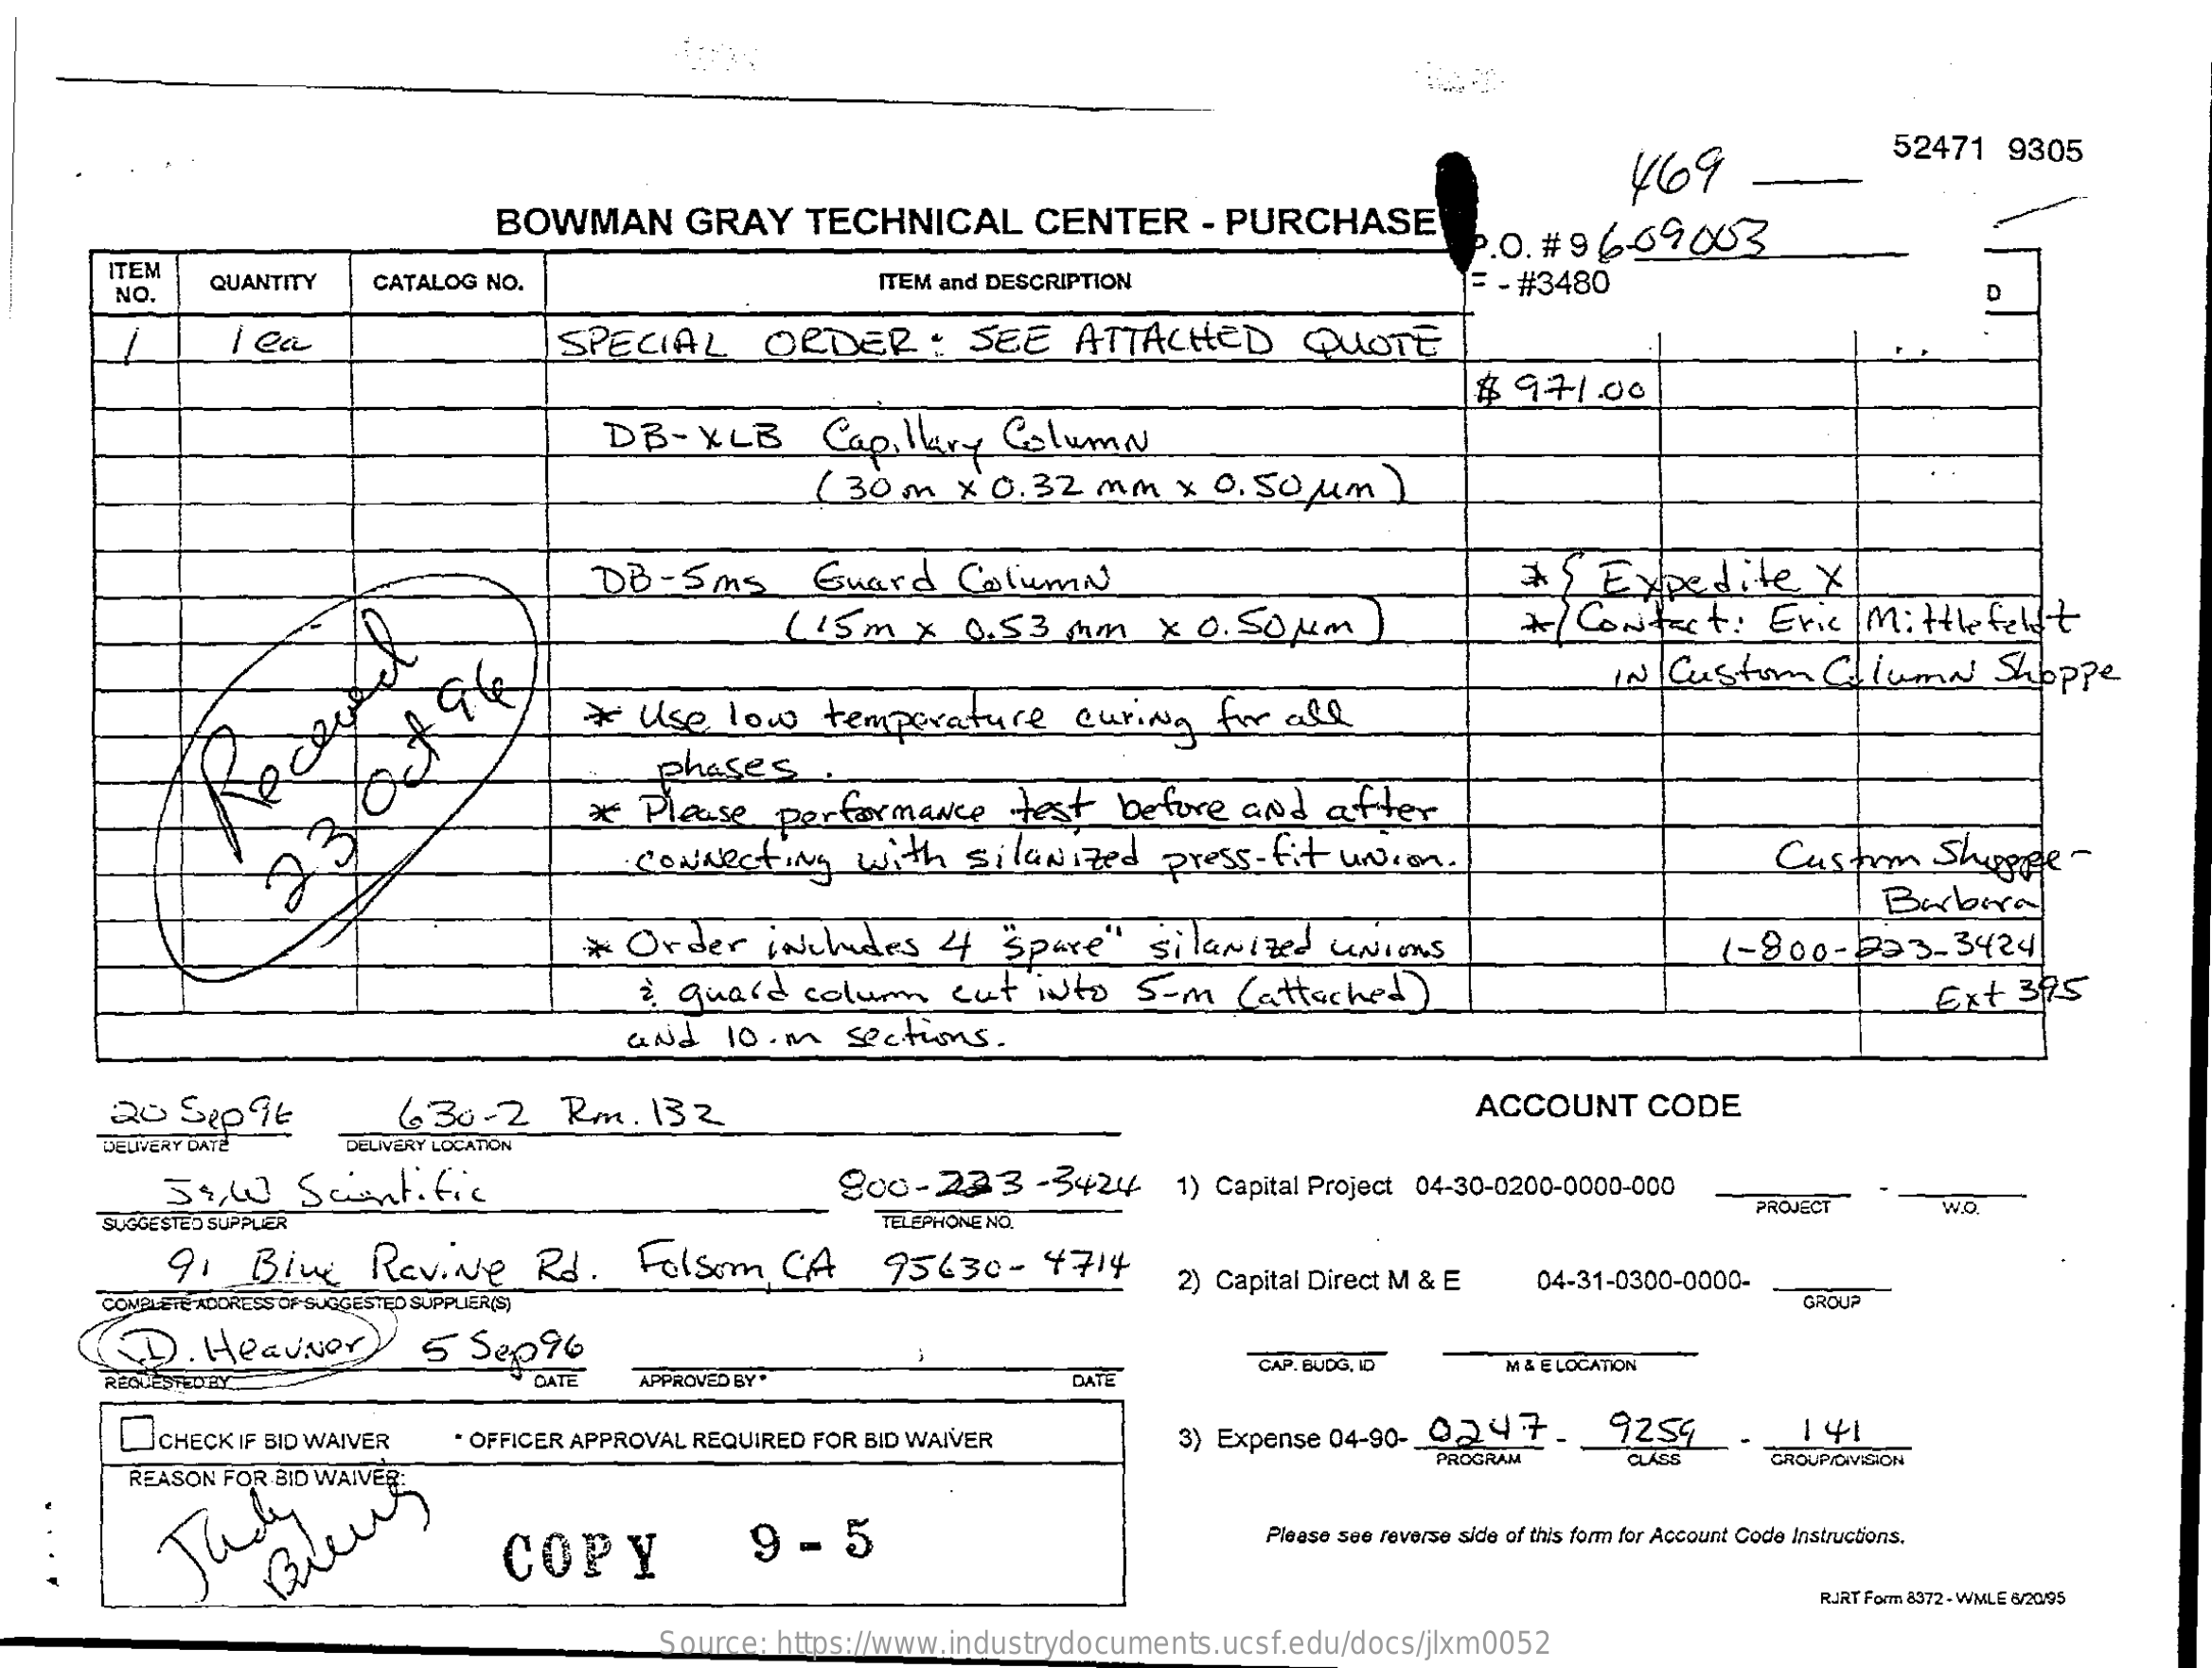
469
     52471 9305
     BOWMAN GRAY TECHNICAL CENTER - PURCHASE
     P.O. # 9 659.003
     TEM
     NO. QUANTITY CATALOG NO.    ITEM and DESCRIPTION    = - #3480    D
     I ea    SPECIAL ORDER   : SEE ATTACHED QUOTE
     $ 97100
     DB - XLB Capillary Column
     (30 m x 0. 32 mm x 0. 50 um )
     DB- Sms  Guard Column    A , Expedite X
     (15m x 0.53 mm x 0.50um    * / Contact: Eric M: Hle feldt
     * Use low temperature curing for all
     IN Custom Column Shoppe
     phases
     * Please performance test before and after
     Connecting with silaNized press- fit union.    Custom Shoppage -
     * Order includes 4 "Spare" silanized UNIons
     Barbora
     1-800-223-3424
     : quard colum cut into S-m ( attached )    Ext 3815
     and 10. m sections.
     20 Spp 96   6:30-2 Rm. 132    ACCOUNT CODE
     DELIVERY LOCATION
     59,00 Scientific    800-233 -3424 1) Capital Project 04-30-0200-0000-000
     SUGGESTED SUPPLIER    TELEPHONE NO.
     PROJECT WO.
     91 Bine Revive Rd. Folsom CA  95630- 4714
     PLIER(S)
     2) Capital Direct M & E 04-31-0300-0000-
     GROUP
     (D). HeaviNer) 5 Sep 96
     REQUESTEDBY.    DATE APPROVED BY .
     CAP. BUDG, ID
     DATE    M & E LOCATION
     CHECK IF BID WAIVER . OFFICER APPROVAL REQUIRED FOR BID WAIVER    1 41
     REASON FOR BID WAIVER.
     3) Expense 04-90- 0247. 9259
     PROGRAM CLASS GROUP/DIVSION
     Theless Blew    COPY    9-5    Please see reverse side of this form for Account Code Instructions.
     RURT Form 8372 - WMLE 6/20.95
     Source: https://www.industrydocuments.ucsf.edu/docs/jlxm0052